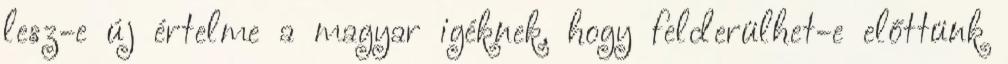
lesz-e új értelme a magyar igéknek, hogy felderülhet-e előttünk